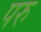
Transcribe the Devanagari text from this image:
परु